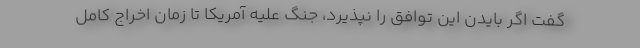
گفت اگر بایدن این توافق را نپذیرد، جنگ علیه آمریکا تا زمان اخراج کامل